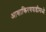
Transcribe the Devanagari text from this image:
आशाकिरणवाडीमध्ये